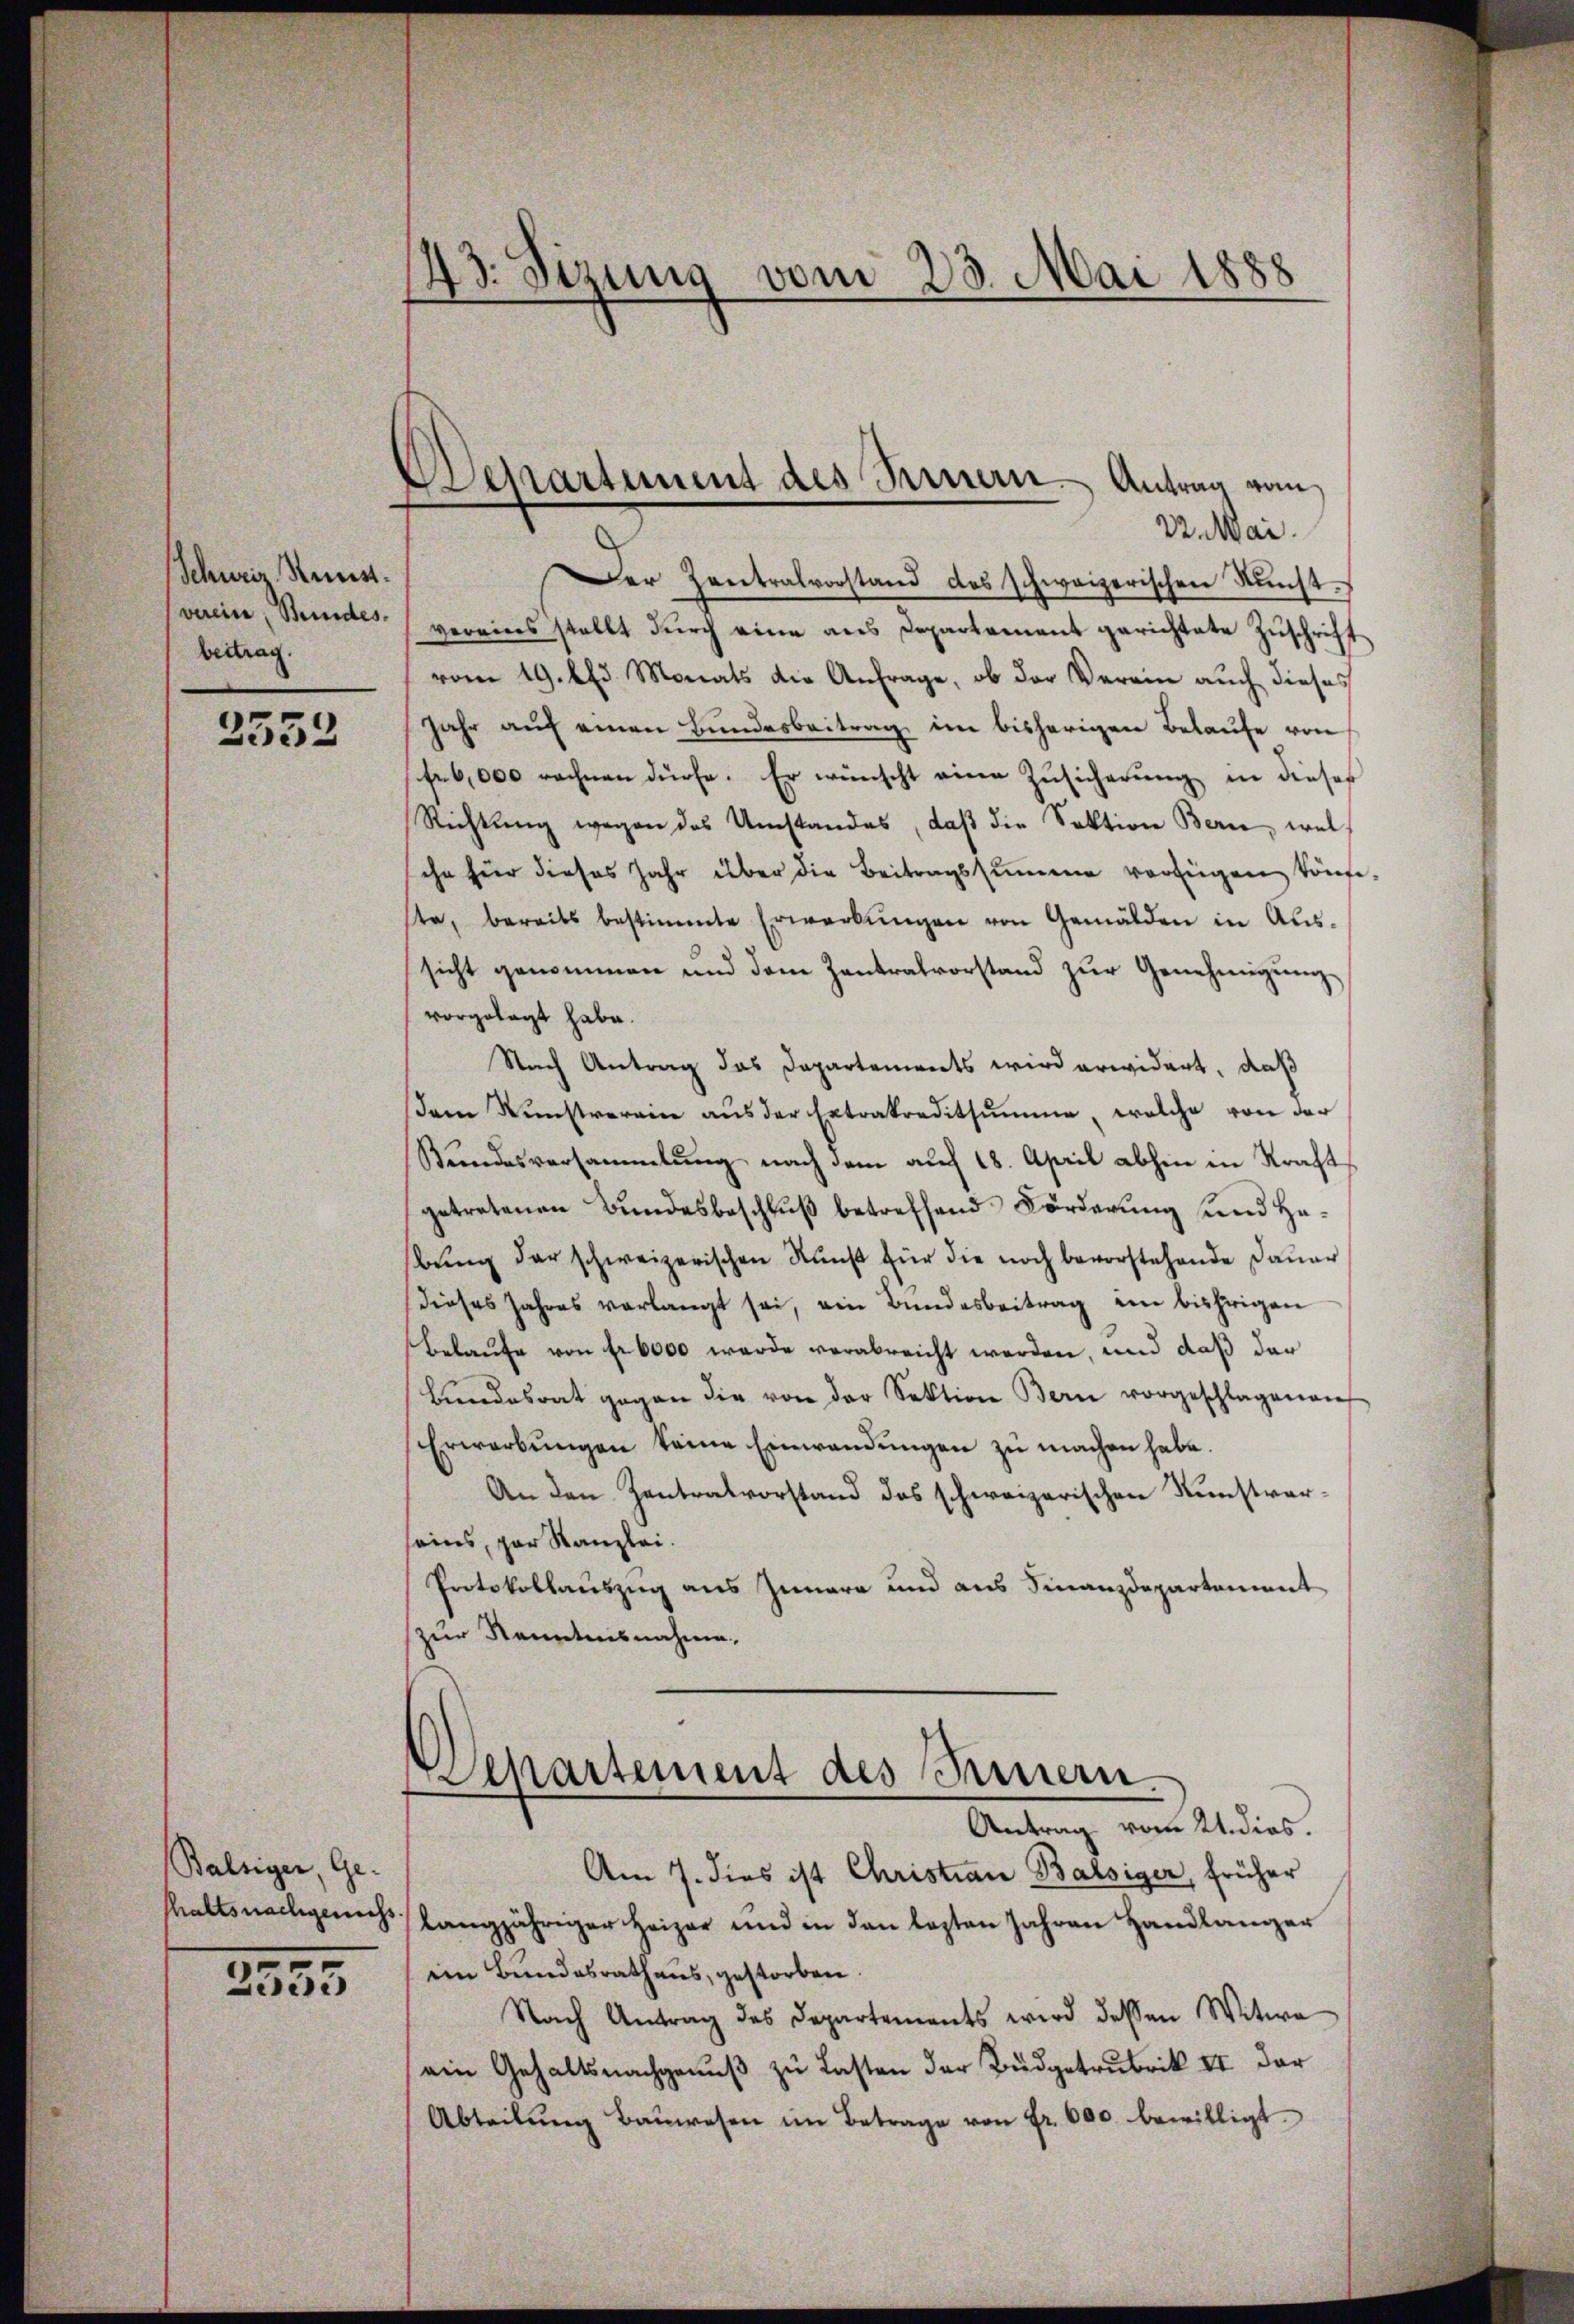
Schweiz. Rest.
verein, Stundes.
beitrag.
2552

Balsiger, Ge-
shaltsnachgewichs.

2555

43. Sizung vom 23. Mai 1888

Departement des Seinern Antrag vom
22. Mai.

Der Zentralvorstand des schweizerischen Nacht.
vereins stellt dŭrch eine aus Departement gerichtete Zŭschrift
vom 19. Apr. Monats die Anfrage, ob der Verein auch dieses
Jahr auf einen Bundesbeitrag im bisherigen Belaufe von
fe6,000 rechnen dürfe. Er wünscht eine Zusicherung in dieses
Richtung wegen des Umstandes, daβ die Sektion Berne, welsche für dieses Jahr über die Beitragssumme verfügen könne
ste, bereits bestimmte Erwerbŭngen von Gemälden in Aŭs-
sicht genommen und dem Zentralvorstand zŭr Genehmigŭng
vorgelegt habe.
Nach Antrag das Departements wird erwidert, daß
dam Nŭnstrerain aŭs der Extrakreditsumme, welche von der
Bundesversammlung nach dem auf 18. April abhin in Kraft
getretenen Bundesbeschluß betreffend Förderung und Habung der schweizerischen Kunst für die noch bevorstehende Dauer
dieses Jahres verlangt sei, ein Bundesbeitrag ein bisherigen
Belaufe von fr. 6000 wurde verabreicht werden, und daß der
Bundesrat gegen die von der Sektion Bern vorgeschlagenen
Erwarbŭngen keine Einwendungen zu machen habe.
An den Zentralvorstand das schweizerischen Kunstverseins, par Kanzlei.
Protokollauszug aus Iunara und aus Finanzdepartement
zur Kenntnisnahme.
Departement des Innern.
Antrag vom 21. dies.
Am 7. dies ist Christian Balsiger, früher
langjähriger Heizer und in den lezten Jahren Handlanger
ein Bundesrathaus, gestorben.
Nach Antrag des Departements wird dessen Witwe
ein Gehaltsnachgenuß zu Lasten der Budgetrubrik II der
Abteilŭng Baŭwesen im Betrage von Fr. 600. bewilligt.